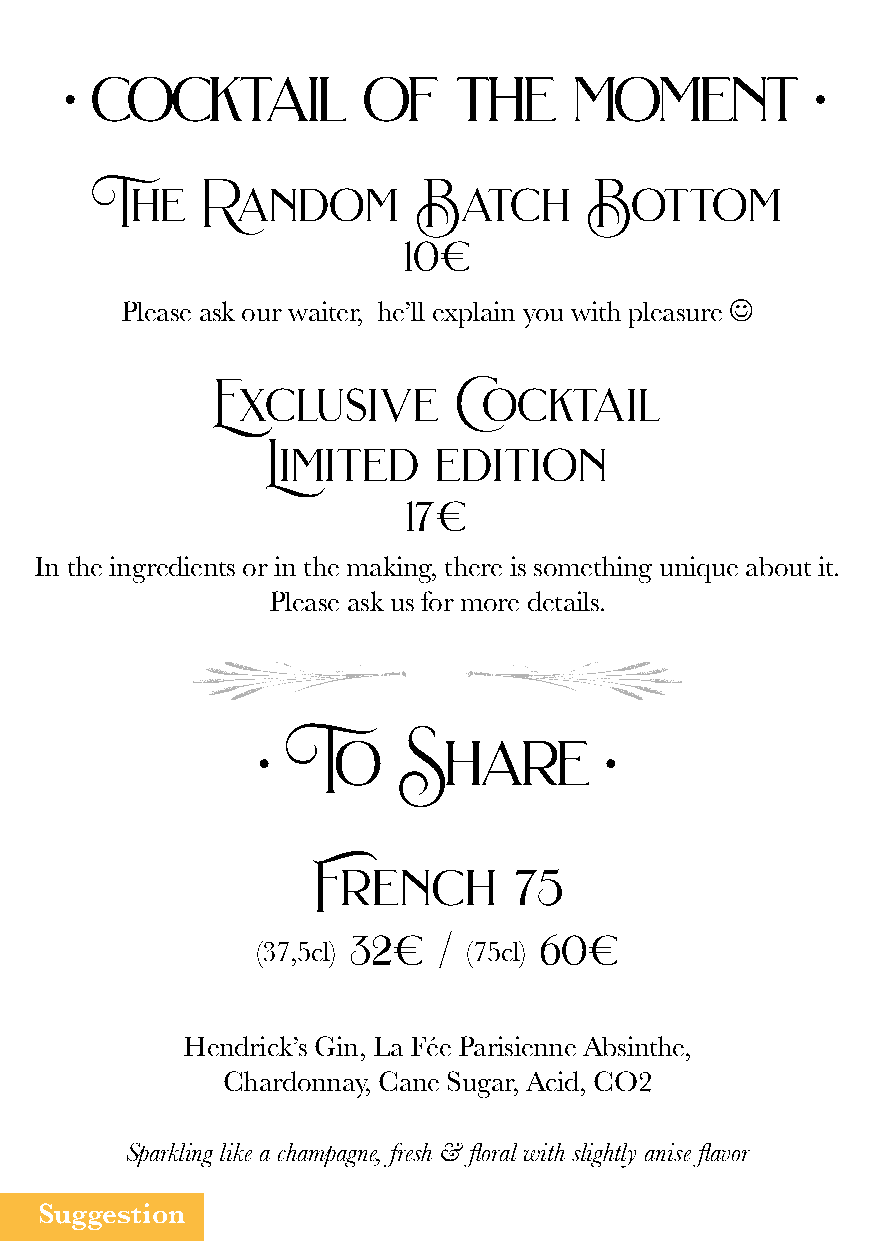
• cocktail          of    the     moment          •
 The    Random        Batch       Bottom
 10€
 Please ask our waiter, he’ll explain you with pleasure 
 Exclusive       C ocktail
 Limited     edition
 17€
 In the ingredients or in the making, there is something unique about it.
 Please ask us for more details.
 • To     Share         •
 French       75
 (37,5cl) 32€ / (75cl) 60€
 Hendrick’s Gin, La Fée Parisienne Absinthe,
 Chardonnay, Cane Sugar, Acid, CO2
 Sparkling like a champagne, fresh & floral with slightly anise flavor
 Suggestion